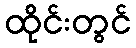
ထိုင်းတွင်